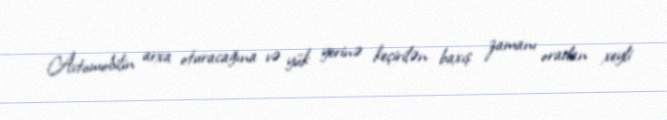
Avtomobilin arxa oturacağına və yük yerinə keçirilən baxış zamanı oradan xeyli